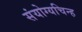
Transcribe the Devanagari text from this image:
संयोग्यचिन्ह